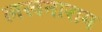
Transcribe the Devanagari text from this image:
लखनाराम